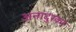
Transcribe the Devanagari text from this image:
अनादुरकर